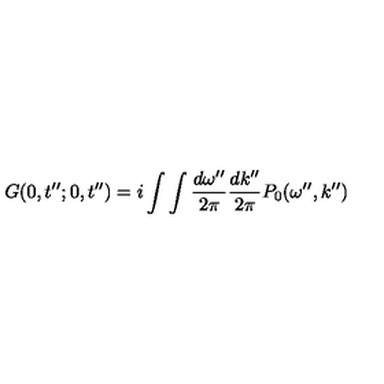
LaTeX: G ( 0 , t ^ { \prime \prime } ; 0 , t ^ { \prime \prime } ) = i \int \int \frac { d \omega ^ { \prime \prime } } { 2 \pi } \frac { d k ^ { \prime \prime } } { 2 \pi } P _ { 0 } ( \omega ^ { \prime \prime } , k ^ { \prime \prime } )